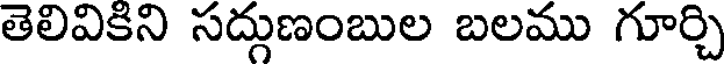
తెలివికిని సద్గుణంబుల బలము గూర్చి